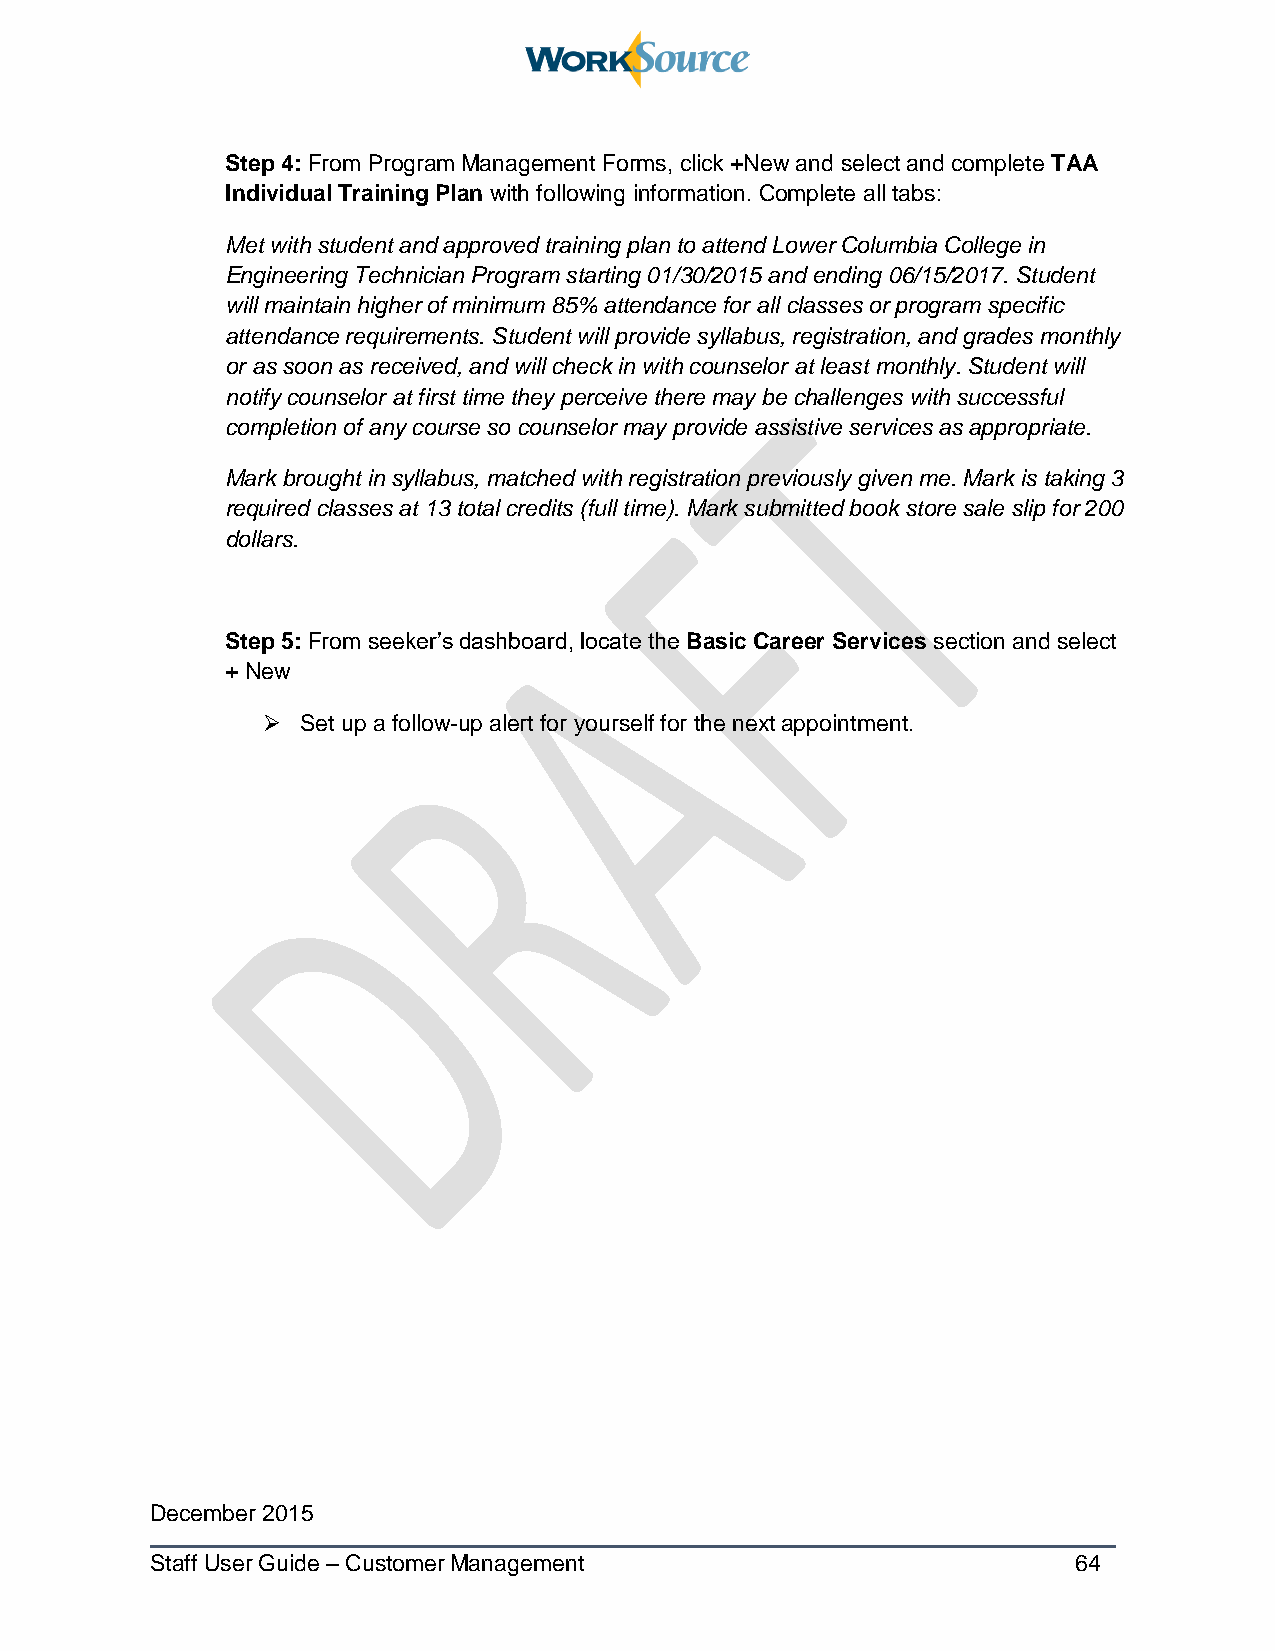
Step 4: From Program Management Forms, click +New and select and complete TAA
 Individual Training Plan with following information. Complete all tabs:
 Met with student and approved training plan to attend Lower Columbia College in
 Engineering Technician Program starting 01/30/2015 and ending 06/15/2017. Student
 will maintain higher of minimum 85% attendance for all classes or program specific
 attendance requirements. Student will provide syllabus, registration, and grades monthly
 or as soon as received, and will check in with counselor at least monthly. Student will
 notify counselor at first time they perceive there may be challenges with successful
 completion of any course so counselor may provide assistive services as appropriate.
 Mark brought in syllabus, matched with registration previously given me. Mark is taking 3
 required classes at 13 total credits (full time). Mark submitted book store sale slip for 200
 dollars.
 Step 5: From seeker’s dashboard, locate the Basic Career Services section and select
 + New
   Set up a follow-up alert for yourself for the next appointment.
 December 2015
 Staff User Guide – Customer Management                       64